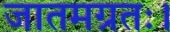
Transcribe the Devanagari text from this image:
जातमग्रतः।